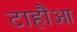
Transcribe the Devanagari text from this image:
टाहौआ